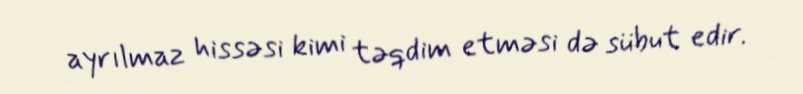
ayrılmaz hissəsi kimi təqdim etməsi də sübut edir.